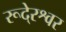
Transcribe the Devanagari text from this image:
रूदे्रश्वर